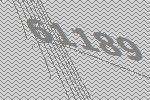
61189